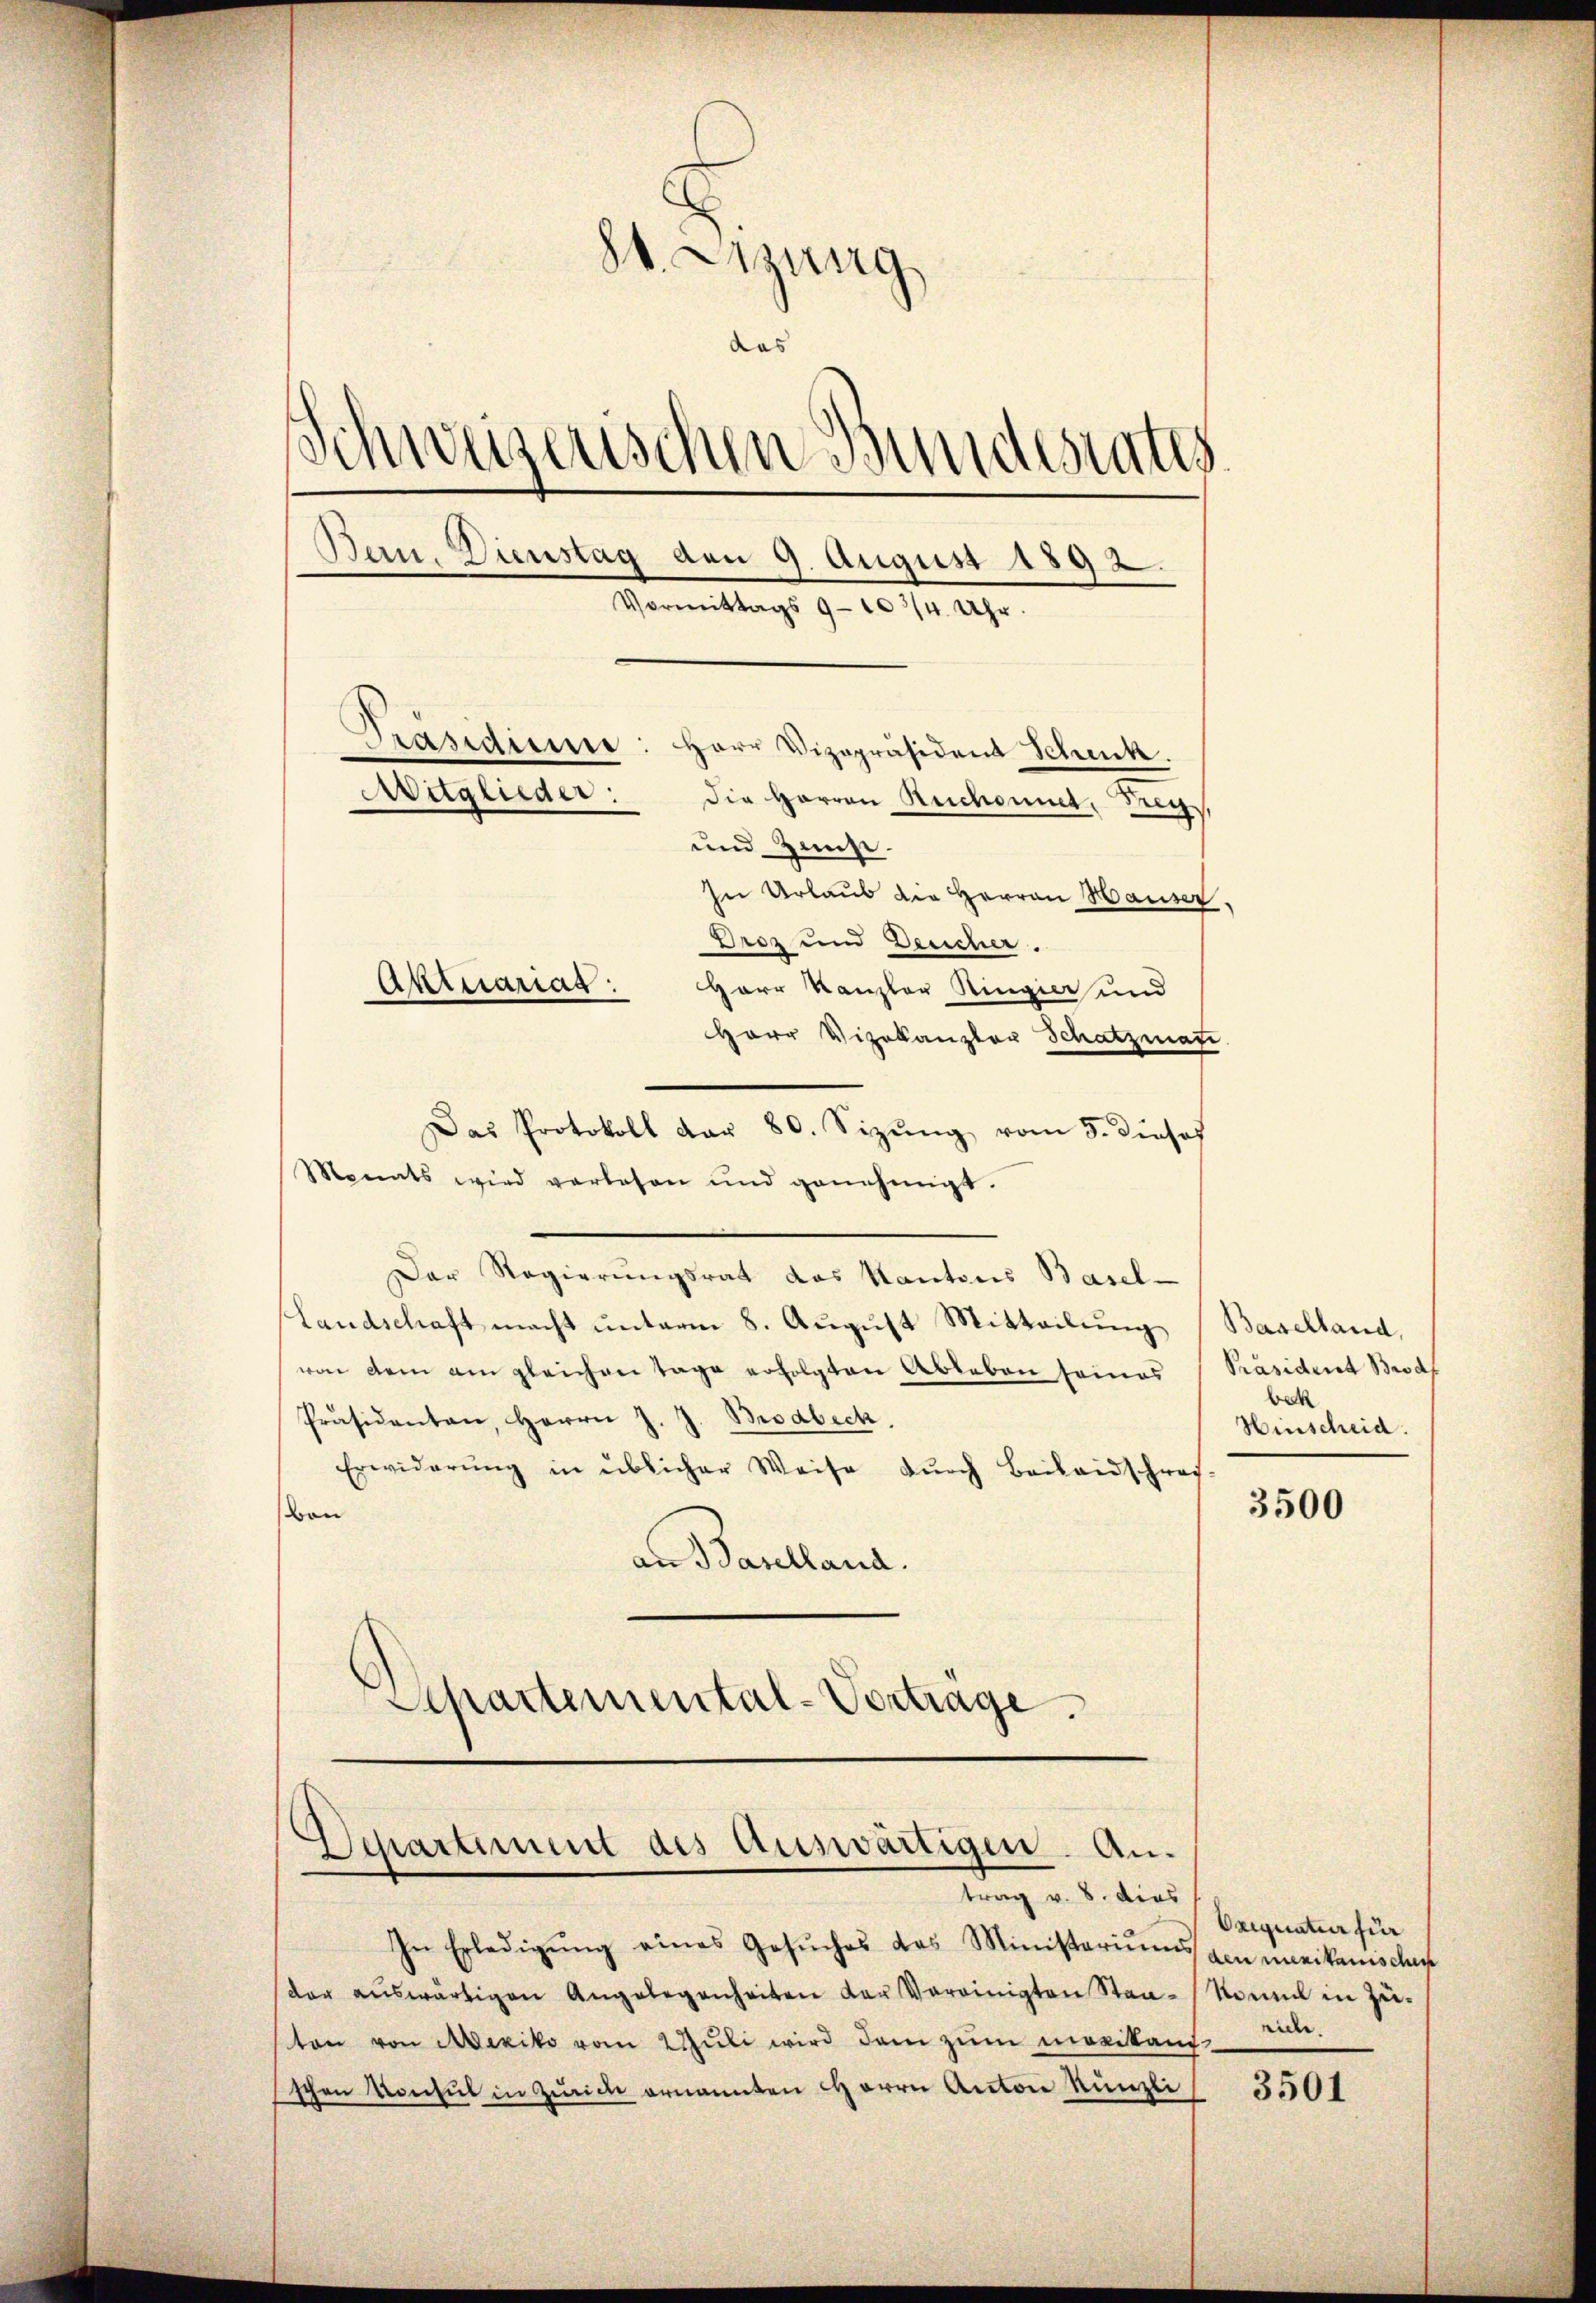
S. Azung
das
s
Schweizerischen Bundesrates
Bein. Dienstag den 9. August 1892.
Vormittags 9-103/4 Uhr.
Präsidium: Herr Vizepräsident Scheck.
Aitglieder:
die Herren Ruchomut, Frey,
und Hause.
In Urlaub die Herren Hauser.
Broz und Deucher.
Aktuariag
Herr Kanzler Ringier und
Herr Vizekanzler Schatzmate

Monats wird verlesen und genehmigt.
Der Regierungsrat das Kantons Basel-
Landschaft macht unterm 8. August Mitteilung (Baselland,
von dem am gleichen Tage erfolgten Ableben seines
Präsidenten, Herrn J. J. Brodbeck.
Erwiderŭng in üblicher Weise dŭrch Beilandschrei-
von
an Baselland.
Schartemental-Vortrage.

Departement des Auswärtigen. Antrag v. 8. dies

Das Protokoll dar 80. Sizŭng vom 5. diese

In Erledigŭng eines Gesŭches das Ministeriums den merikanische
der aŭswärtigen Angelegenheiten der Vereinigten Staa-Nomal in Zŭ-
ton von Mexiko vom 2 Jŭli wird den zŭm maritanz
schen Konsul in Zürich ernannten Herrn Anton Künzli

Präsident Brodf
bek
Hinscheid.

3500

Oriquatur für
eie

3501